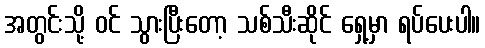
အတွင်းသို့ ဝင် သွားပြီးတော့ သစ်သီးဆိုင် ရှေ့မှာ ရပ်ပေးပါ။